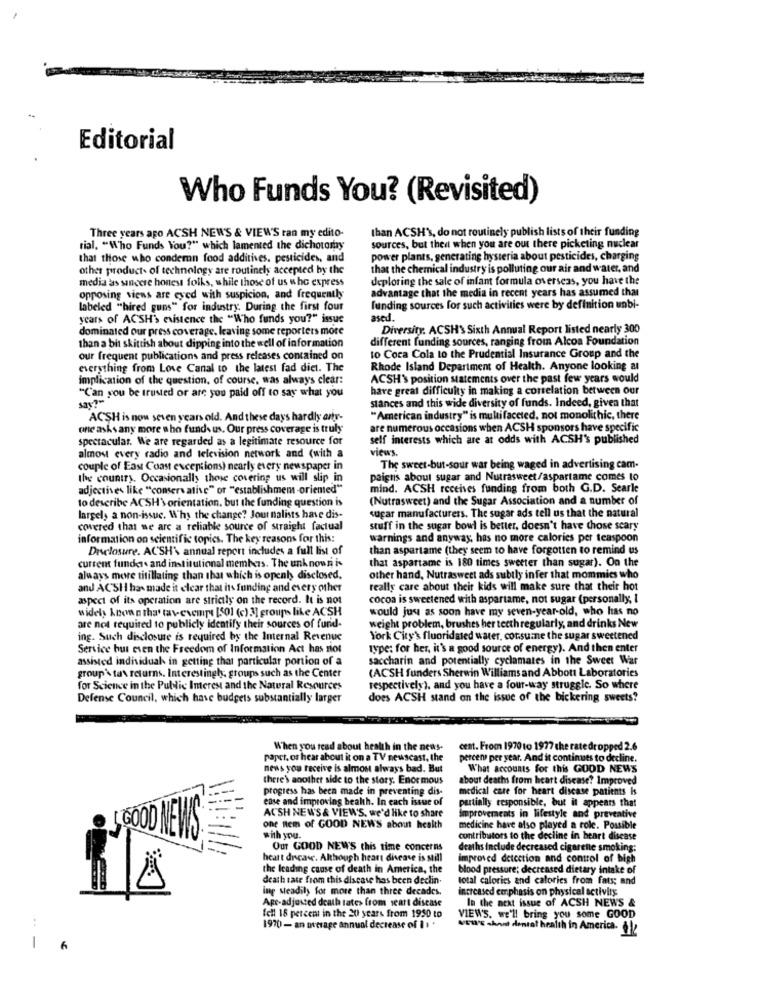
Editorial
Who Funds You? (Revisited)
than ACSH's, do not routinely publish lists of their funding
Three years ago ACSH NEW'S & VIEW'S tan my edito-
rial, "Who Funds You?" which lamented the dichotomy
sources, but theit when you are out there picketing nuclear
that those who condemn food additives. pesticides, and
power plants, generating hysteria about pesticides, charging
other product- of technology are routinely accepted by the
that the chemical industry is polluting our air and water, and
media as sancere honest folks, while those of us who express
deploring the sale of infant formula overseas, you have the
advantage that the media in recent years has assumed that
opposing viens are eyed with suspicion, and frequently
Labeled "hired guns" for industry. During the first four
funding sources for such activities were by definition unbi-
years of ACSH's existence the "Who funds you?" issue
ased
dominated our press coverage, leaving some reporters more
Diversity. ACSH'S Sixth Annual Report listed nearly 300
different funding sources, ranging from Alcoa Foundation
than a bit skittish about dipping into the well of information
our frequent publications and press releases contained on
to Coca Cola to the Prudential Insurance Group and the
everything from Love Canal to the latest fad diet. The
Rhode Island Department of Health. Anyone looking at
implication of the question, of course, was always clear:
ACSH'S position statements over the past few years would
"Can you be trusted or are you paid off to say what you
have great difficulty in making a correlation between our
say?“
stances and this wide diversity of funds. Indeed, given that
ACSH is now seven years old. And these days hardly arty-
"American industry" is multifaceted, not monolithic, there
one asksany more sho funds us. Our press coverage is truly
are numerous occasions when ACSH sponsors have specific
spectacular. We are regarded as a legitimate resource for
self interests which are at odds with ACSH's published
almost every radio and television network and (with a
views.
couple of East Coast exceptions) nearly every newspaper in
The sweet-but-sour war being waged in advertising cam-
the country. Occasionally those covering us will slip in
paigns about sugar and Nutrasweet/aspartame comes to
adjectives like "conservative" or "establishmem -oriented"
mind. ACSH receives funding from both G.D. Searle
to describe ACSH'\ orientation. but the funding question is
(Nutrasweet) and the Sugar Association and a number of
largely a non-issue. Why the change? Journalists have dis-
sugar manufacturers. The sugar ads tell us that the natural
covered that we are a reliable source of straight factual
stuff in the sugar bowl is better, doesn't have chose scary
information on scientific topics. The key reasons for this:
warnings and anyway, has no more calories per teaspoon
Disclosure. ACSH's annual report includes a full list of
than aspartame (they seem to have forgotten to remind us
current funders and institutional members. The unknown is
that aspartame is 180 times sweeter than sugar). On the
always more titillating than that which is openh disclosed.
other hand, Nutrasweet ads subtly infer that mommies who
and ACSH has made it elcar that its funding and every other
really care about their kids will make sure that their hot
aspect of its operation are strictly on the record. It is not
cocoa is sweetened with aspartame, not sugar (personally, I
widely known n that tav-exempt [50] (c) 3] groups like ACSH
would just as soon have my seven-year-old, who has no
are not required to publicly identify their sources of fund-
weight problem, brushes her teeth regularly, and drinks New
ing. Such disclosure is required by the Internal Revenue
York City's fluoridated water, cot.summe the sugar sweetened
Service bus even the Freedom of Information Act has siot
type: for her, it's a good source of energy). And then enter
assisted individual in getting that particular portion of a
saccharin and potentially cyclamates in the Sweet War
(ACSH funders Sherwin Williams and Abbott Laboratories
group'\ tax returns. Interestingly, groups such as the Center
for Science in the Public Interest and the Natural Resources
respectively), and you have a four-way struggle. So where
Defense Council, which have budgets substantially larger
does ACSH stand on the issue of the bickering sweets?
When you read about health in the news.
cent. From 1970 to 1977 the ratedropped 2.6
paper, or hear about it on a TV newscast, the
percen per year. And it continues to decline.
news you receive is almost always bad. But
What accounts for this GOOD NEWS
there's another side to the story. Enormous
about deaths from heart disease? Improved
progress has been made in preventing dis-
medical care for heart disease patients is
case and improving health. In each issue of
partially responsible, but it appears that
ACSH NEWS & VIEWS, we'd like to share
Improvements in lifestyle and preventive
,60
one nem of GOOD NEWS about health
medicine have also played a role. Possible
D NEWS
with you.
contributors to the decline in heart disease
Our GOOD NEWS this time concerns
deaths Include decreased cigarette smoking:
heart drcase. Although heart disease is still
Improved detection and control of bigh
the leading cause of death in America, the
blood pressure; decreased dietary intake of
death rate from this disease has been declin.
total calories and calories from fats; and
ing steadily for more than three decades.
increased emphasis on physical activity
Apr-adjusted death tates from seart disease
In the next issue of ACSH NEWS &
fell 18 percent in the 20 years from 1950 to
VIEWS. we'll bring you some GOOD
1970 - an average annual decrease of 1 : '
NOW'E show dental health in America. !
-